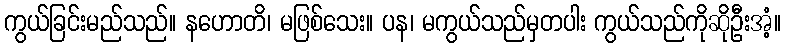
ကွယ်ခြင်းမည်သည်။ နဟောတိ၊ မဖြစ်သေး။ ပန၊ မကွယ်သည်မှတပါး ကွယ်သည်ကိုဆိုဦးအံ့။